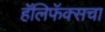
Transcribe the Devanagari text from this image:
हॅलिफॅक्सचा